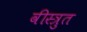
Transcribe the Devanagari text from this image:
वीस्त्रुत